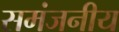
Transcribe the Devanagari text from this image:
समंजनीय